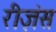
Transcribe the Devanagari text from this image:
रीज़ंस